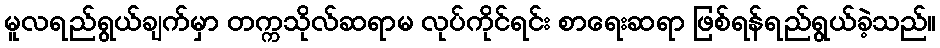
မူလရည်ရွယ်ချက်မှာ တက္ကသိုလ်ဆရာမ လုပ်ကိုင်ရင်း စာရေးဆရာ ဖြစ်ရန်ရည်ရွယ်ခဲ့သည်။